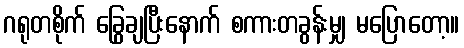
ဂရုတစိုက် ခြွေချပြီးနောက် စကားတခွန်းမျှ မပြောတော့။